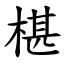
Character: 椹